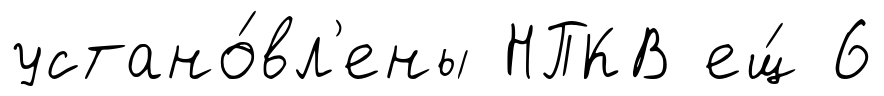
устано́вл'ены НПКВ ещ́ 6